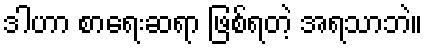
ဒါဟာ စာရေးဆရာ ဖြစ်ရတဲ့ အရသာဘဲ။